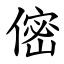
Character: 㑻